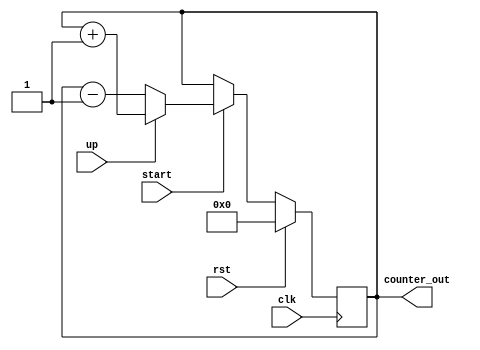
module counter( 
    input clk,
	input rst,
	input start,
    input up,
    output [3:0] counter_out
);
	reg [3:0] counter_out;

	// 请完成模块的设计
    always@(posedge clk) begin
        if(rst == 1)
           counter_out <= 0;
        else begin
            if(start == 1) begin
                if(up == 1)
                    counter_out <= counter_out+1;
                else
                    counter_out <= counter_out-1;
            end
        end 
    end
	
	
endmodule